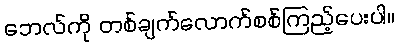
ဘေလ်ကို တစ်ချက်လောက်စစ်ကြည့်ပေးပါ။